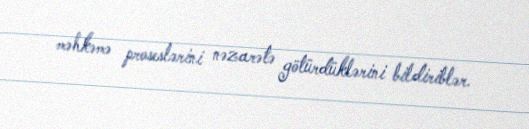
məhkəmə proseslərini nəzarətə götürdüklərini bildiriblər.